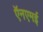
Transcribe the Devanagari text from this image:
ऍनएमई